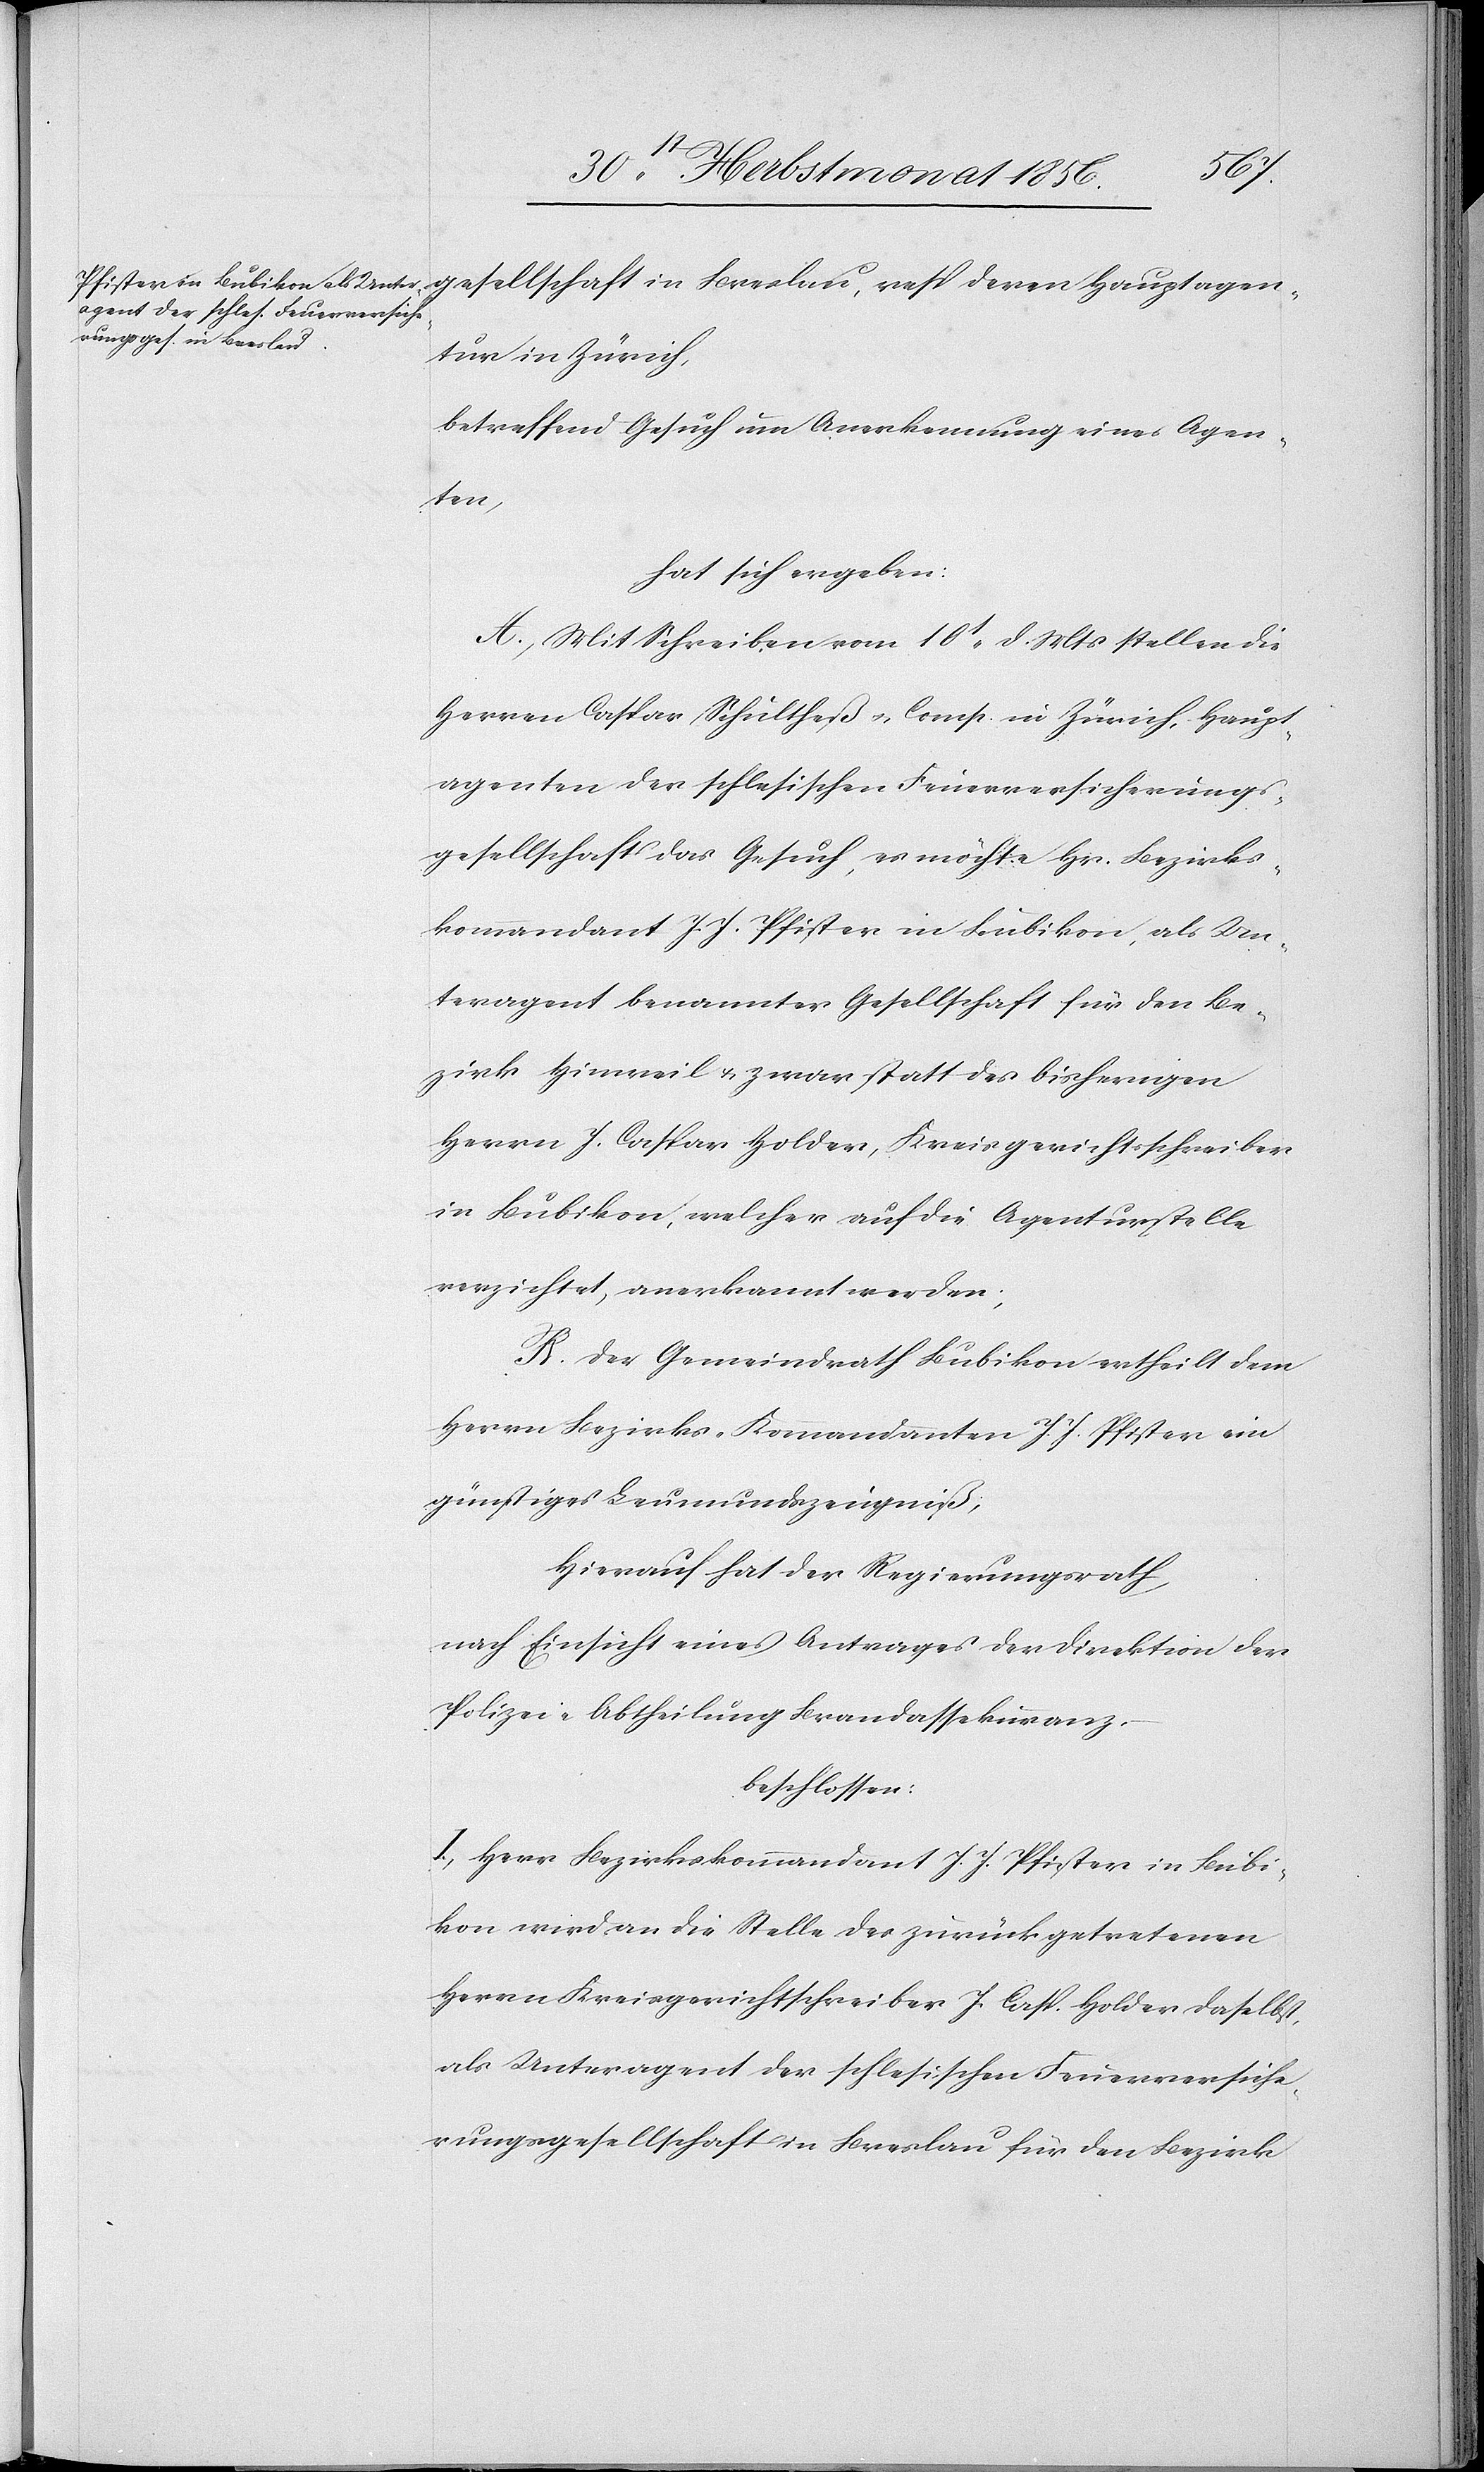
gesellschaft in Breslau, resp deren Hauptagen¬
tur in Zürich,
betreffend Gesuch um Anerkennung eines Agen¬
ten,
hat sich ergeben:
A.) Mit Schreiben vom 10t d. Mts stellen die
Herren Caspar Schultheß u. Comp. in Zürich, Haupt¬
agenten der schlesischen Feuerversicherungs¬
gesellschaft das Gesuch, es möchte Hr. Bezirks¬
kommandant J. J. Pfister in Bubikon, als Un¬
teragent benannter Gesellschaft für den Be¬
zirk Hinweil u. zwar statt des bisherigen
Herrn J. Caspar Holder, Kreisgerichtsschreiber
in Bubikon, welcher auf die Agenturstelle
verzichtet, anerkannt werden;
B.) Der Gemeindrath Bubikon ertheilt dem
Herrn Bezirks-Kommandanten J. J. Pfister ein
günstiges Leumundszeugniß;
Hierauf hat der Regierungsrath,
nach Einsicht eines Antrages der Direktion der
Polizei, Abtheilung Brandassekuranz,
beschlossen:
I.) Herr Bezirkskommandant J. J. Pfister in Bubi¬
kon wird an die Stelle des zurückgetretenen
Herrn Kreisgerichtschreiber J. Casp. Holder daselbst,
als Unteragent der schlesischen Feuerversiche¬
rungsgesellschaft in Breslau für den Bezirk